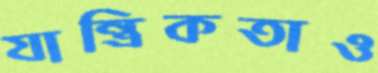
যান্ত্রিকতাও